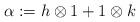
LaTeX: \begin{align*}\alpha:= h\otimes 1 + 1 \otimes k\end{align*}